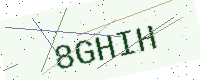
Text: 8GHIH